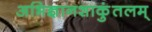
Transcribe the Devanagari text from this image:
अभिज्ञानशाकुंतलम्‌